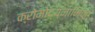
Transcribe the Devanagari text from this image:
क्रोमोद्य्नामिक